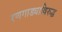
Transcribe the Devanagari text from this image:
रणगाड्याविरुद्ध